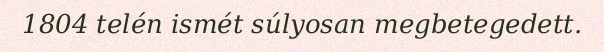
1804 telén ismét súlyosan megbetegedett.